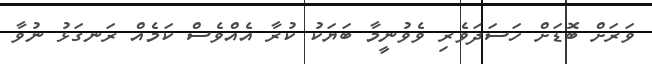
ވަރަށް ބޮޑަށް ހަސަދަވެރި ވެވުނީމާ ބަޔަކު ކުރާ އެއްވެސް ކަމެއް ރަނގަޅު ނުވާ